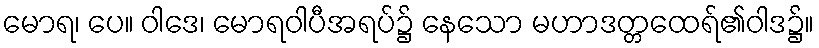
မောရ၊ ပေ။ ဝါဒေ၊ မောရဝါပီအရပ်၌ နေသော မဟာဒတ္တထေရ်၏ဝါဒ၌။